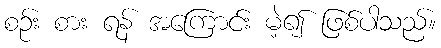
စဉ်း စား ရန် အကြောင်း မဲ့၍ ဖြစ်ပါသည်။